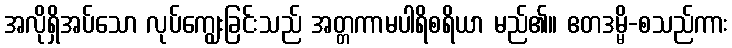
အလိုရှိအပ်သော လုပ်ကျွေးခြင်းသည် အတ္တကာမပါရိစရိယာ မည်၏။ ဧတဒမ္မိ-စသည်ကား